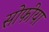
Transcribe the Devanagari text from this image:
सोफीया